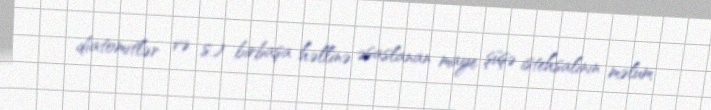
diatomitlər və s.) birbaşa həllinə əsaslanan maye şüşə istehsalının məlum